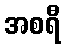
အစရီ